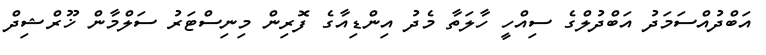
އަބްދުއްސަމަދު އަބްދުލްގެ ސިއްހީ ހާލަތާ މެދު އިންޑިއާގެ ފޮރިން މިނިސްޓަރު ސަލްމާން ޚޫރްޝިދް